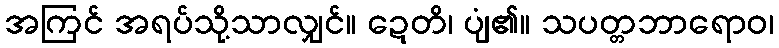
အကြင် အရပ်သို့သာလျှင်။ ဍေတိ၊ ပျံ၏။ သပတ္တဘာရောဝ၊